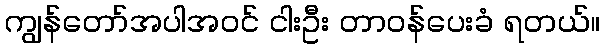
ကျွန်တော်အပါအဝင် ငါးဦး တာဝန်ပေးခံ ရတယ်။